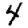
Digit: 4